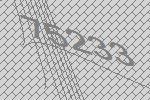
75233